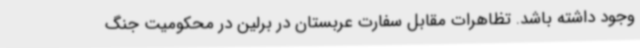
وجود داشته باشد. تظاهرات مقابل سفارت عربستان در برلین در محکومیت جنگ